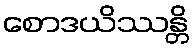
စောဒယိဿန္တိ